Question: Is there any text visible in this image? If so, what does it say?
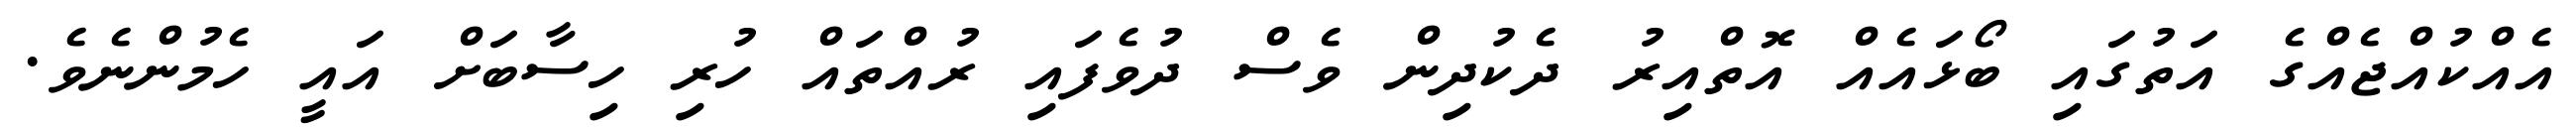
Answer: އެއްކުއްޖެއްގެ އަތުގައި ބޯޅައެއް އޮތްއިރު ދެކުދިން ވެސް ދުވެފައި ރުއްތައް ހުރި ހިސާބަށް އައީ ހެމުންނެވެ.